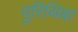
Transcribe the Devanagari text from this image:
पुरिथिबा